Leaving Certificate Examination (including Day School Certificate (Higher) General paper), 1932
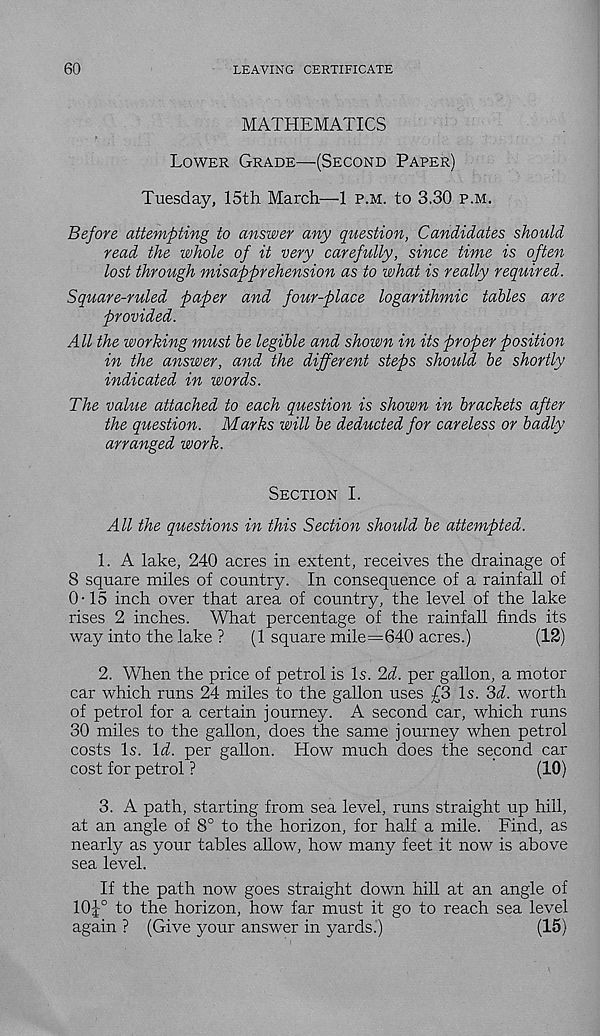
60
LEAVING CERTIFICATE
MATHEMATICS
Lower Grade—(Second Paper)
Tuesday, 15th March—1 p.m. to 3.30 p.m.
Before attempting to answer any question, Candidates should
read the whole of it very carefully, since time is often
lost through misapprehension as to what is really required.
Square-ruled paper and four-place logarithmic tables are
provided.
All the working must be legible and shown in its proper position
in the answer, and the different steps should be shortly
indicated in words.
The value attached to each question is shown in brackets after
the question. Marks will be deducted for careless or badly
arranged work.
Section I.
All the questions in this Section should be attempted.
1. A lake, 240 acres in extent, receives the drainage of
8 square miles of country. In consequence of a rainfall of
0-15 inch over that area of country, the level of the lake
rises 2 inches. What percentage of the rainfall finds its
way into the lake ?
(1 square mile=640 acres.)
(12)
2. When the price of petrol is Is. 2d. per gallon, a motor
car which runs 24 miles to the gallon uses £3 Is. 3d. worth
of petrol for a certain journey. A second car, which runs
30 miles to the gallon, does the same journey when petrol
costs Is. \d. per gallon. How much does the second car
cost for petrol ?
(10)
3. A path, starting from sea level, runs straight up hill,
at an angle of 8° to the horizon, for half a mile. Find, as
nearly as your tables allow, how many feet it now is above
sea level.
If the path now goes straight down hill at an angle of
10j° to the horizon, how far must it go to reach sea level
again ? (Give your answer in yards.)
(15)